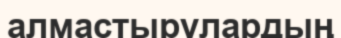
алмастырулардың